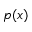
p ( x )